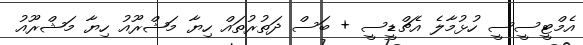
އެމްޓީސީސީ ހުޅުމާލެ އެޗްޑީސީ + ބަސް ދަތުރުތައް ހިޔާ މަޝްރޫއު ހިޔާ މަޝްރޫއު